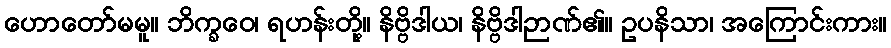
ဟောတော်မမူ။ ဘိက္ခဝေ၊ ရဟန်းတို့။ နိဗ္ဗိဒါယ၊ နိဗ္ဗိဒါဉာဏ်၏။ ဥပနိသာ၊ အကြောင်းကား။